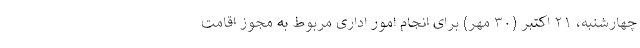
چهارشنبه، ۲۱ اکتبر (۳۰ مهر) برای انجام امور اداری مربوط به مجوز اقامت